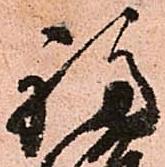
福